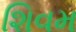
શિવમ